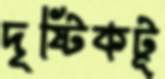
দৃষ্টিকটূ